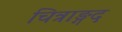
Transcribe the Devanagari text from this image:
चित्राङ्गद